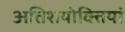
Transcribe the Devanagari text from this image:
अतिशयोक्तियां